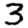
Digit: 3